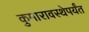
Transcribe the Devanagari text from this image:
कुमारावस्थेपर्यंत